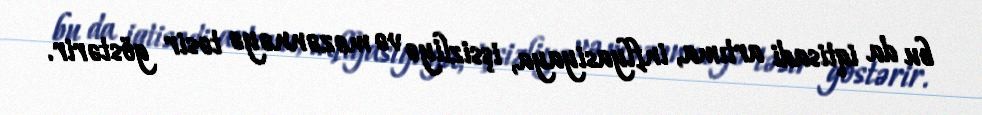
bu da iqtisadi artıma, inflyasiyaya, işsizliyə və məzənnəyə təsir göstərir.